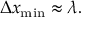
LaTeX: \Delta x _ { \mathrm { m i n } } \approx \lambda .